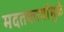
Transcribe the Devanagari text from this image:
मदतकार्यामुळे